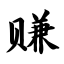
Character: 赚